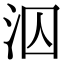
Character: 泅